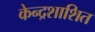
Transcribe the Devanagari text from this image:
केन्द्रशाशित